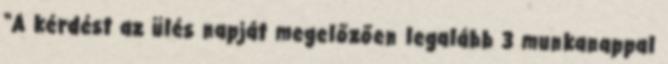
“A kérdést az ülés napját megelőzően legalább 3 munkanappal